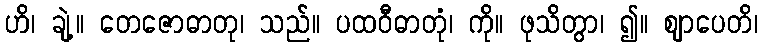
ဟိ၊ ချဲ့။ တေဇောဓာတု၊ သည်။ ပထဝီဓာတုံ၊ ကို။ ဖုသိတွာ၊ ၍။ ဈာပေတိ၊